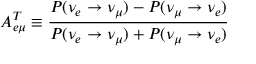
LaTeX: A _ { e \mu } ^ { T } \equiv \frac { P ( \nu _ { e } \rightarrow \nu _ { \mu } ) - P ( \nu _ { \mu } \rightarrow \nu _ { e } ) } { P ( \nu _ { e } \rightarrow \nu _ { \mu } ) + P ( \nu _ { \mu } \rightarrow \nu _ { e } ) } \;